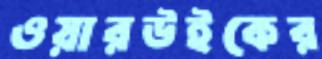
ওয়ারউইকের